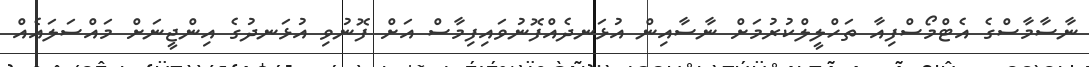
ނާސާމާސްގެ އެޓްމޯސްފިއާ ތަހްލީލްކުރުމަށް ނާސާއިން އުޅަނދެއްފޮނުވައިފިމާސް އަށް ފޮނުވި އުޅަނދުގެ އިންޖީނަށް މައްސަލައެއް